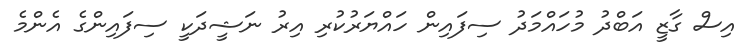
އިސް ގާޒީ އަބްދު މުހައްމަދު ސިފައިން ހައްޔަރުކުރި އިރު ނަޝީދަކީ ސިފައިންގެ އެންމެ